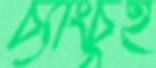
চ্যাংচুই